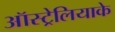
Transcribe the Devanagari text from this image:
ऑस्ट्रेलियाके